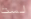
لست